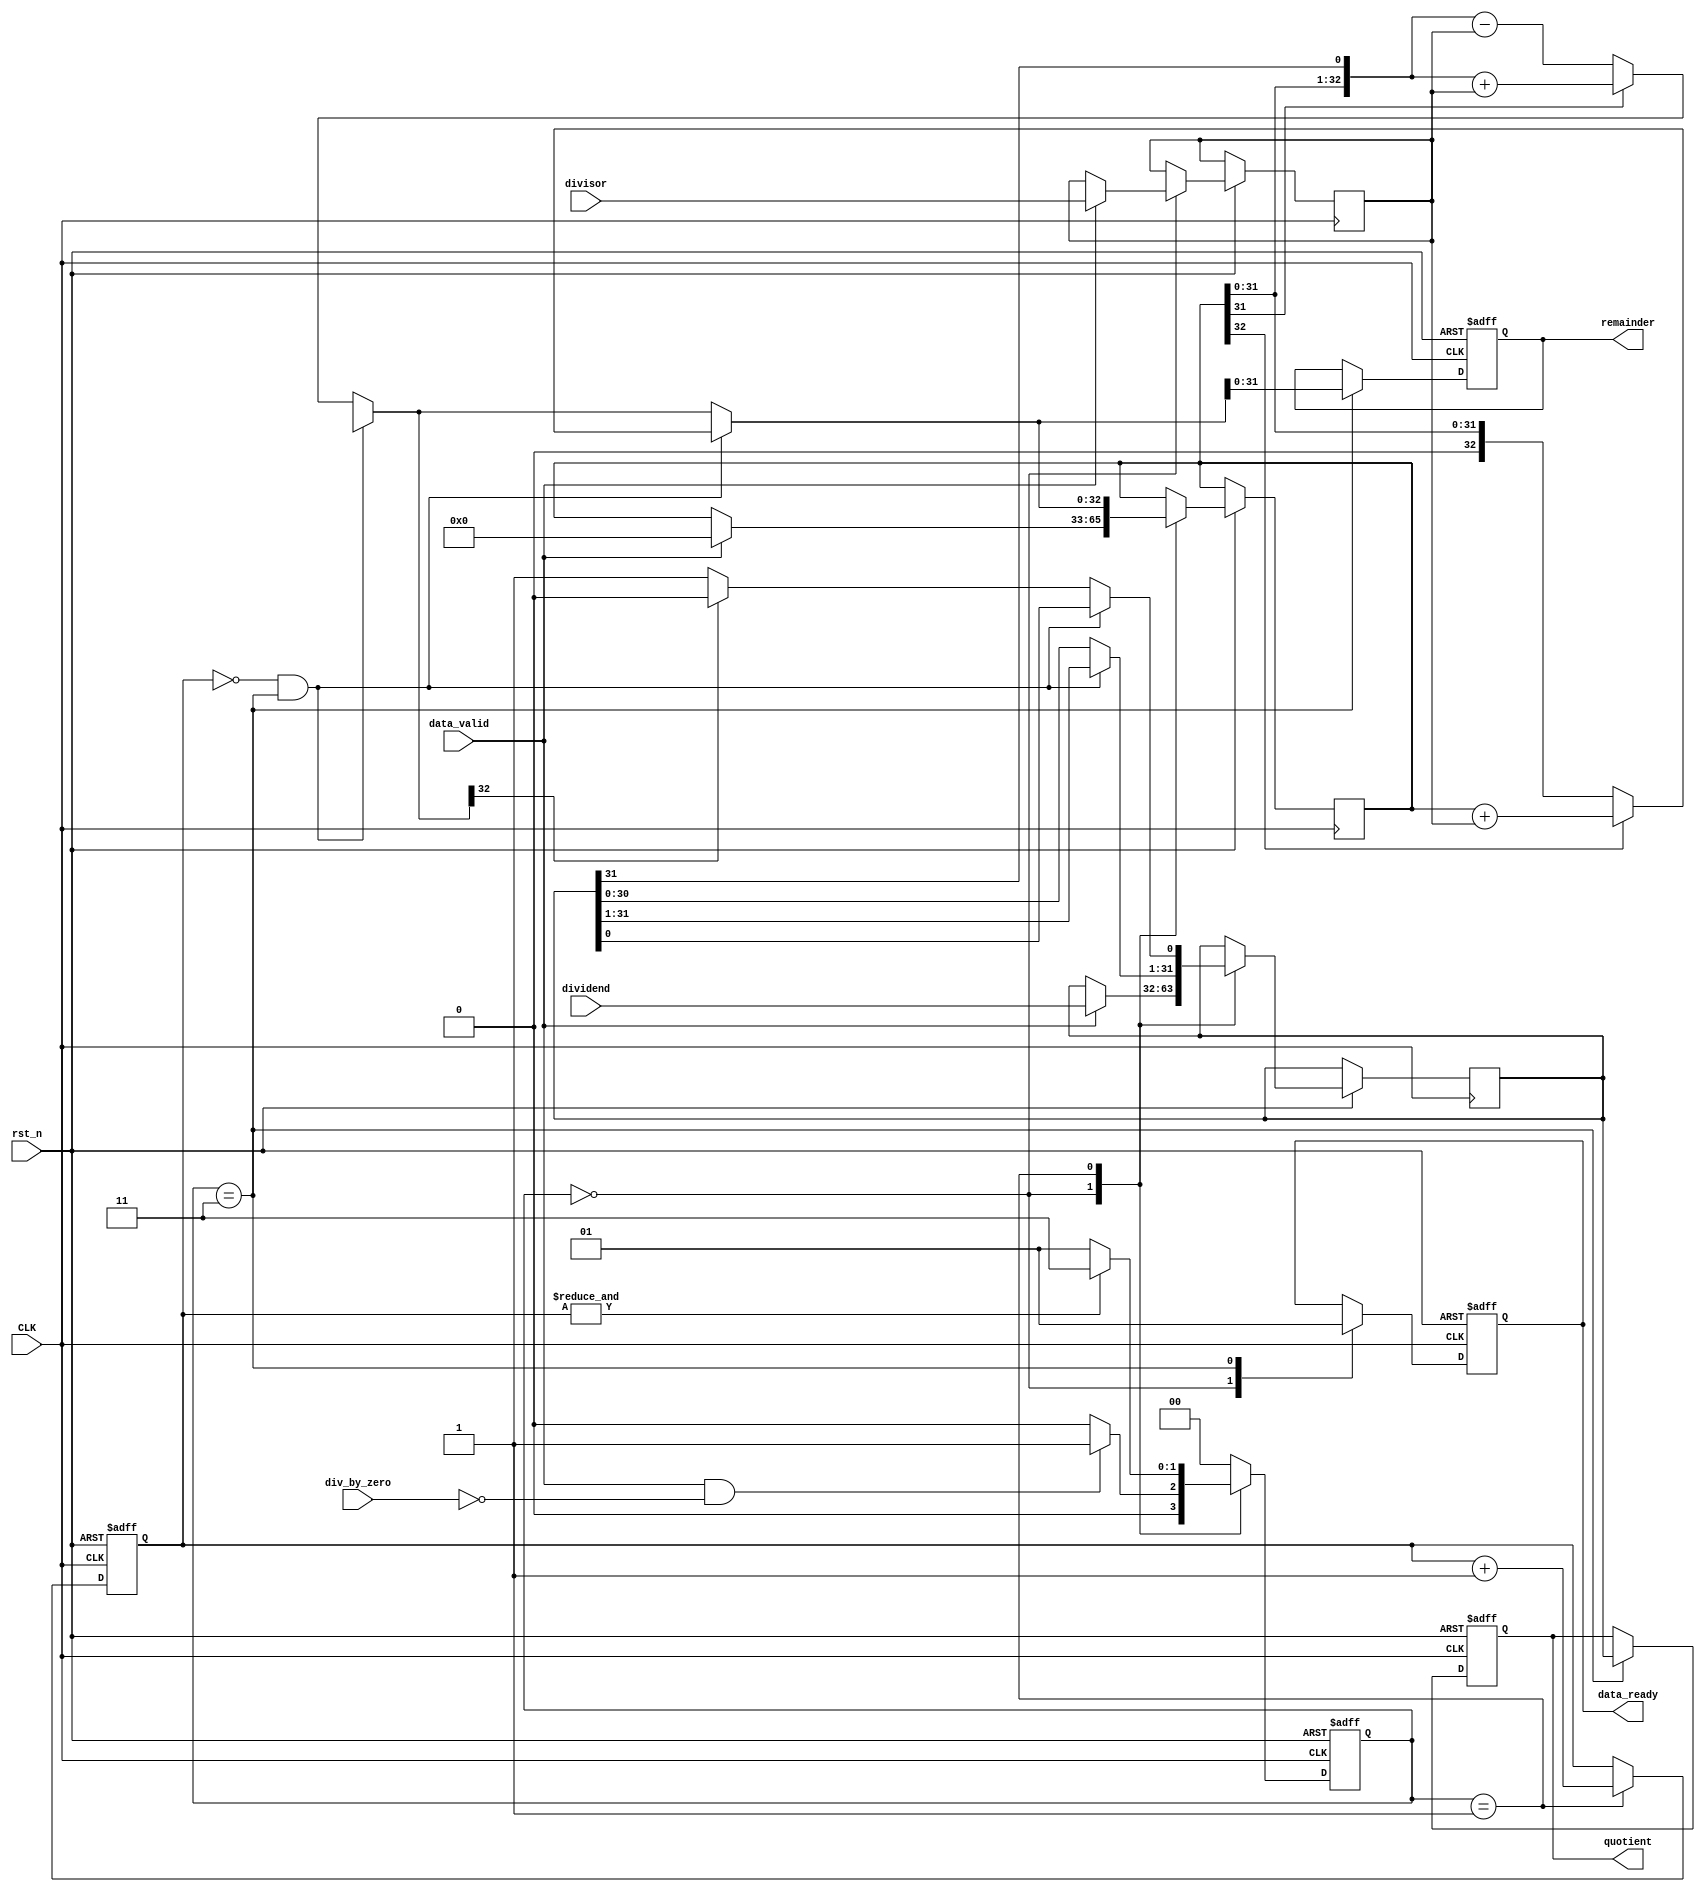
module Division_Unit #(
	parameter XLEN    = 32,
	parameter COUNT_WIDTH = 5
)
(
	//inputs
	input  wire              CLK,
	input  wire              rst_n,
    input  wire [XLEN - 1:0] dividend,
    input  wire [XLEN - 1:0] divisor,
    input  wire              data_valid,
    input  wire              div_by_zero,

	//outputs    
	output reg  [XLEN - 1:0] quotient,
	output reg  [XLEN - 1:0] remainder,
	output reg               data_ready
);

localparam IDLE    = 2'b00;
localparam DIVIDE  = 2'b01;
localparam CORRECT = 2'b11;

reg [1:0] NS;
reg [1:0] CS;

reg [COUNT_WIDTH-1:0] counter;

reg [XLEN-1:0] 	dividend_Q;
reg [XLEN-1:0] 	dividend_temp;

reg [XLEN:0] 	accumulator_reg;
reg [XLEN:0] 	accumulator;

reg [XLEN-1:0] 	divisor_reg;

reg             Q_LSB;
reg             flag_zero ;

// Next State Logic
always @(posedge CLK,negedge rst_n) begin
	
	if (!rst_n) begin
		CS <= IDLE;
	end
	else begin
		CS <= NS;
	end

end

// FSM LOGIC
always @(*) begin
	
	case (CS)
		IDLE: begin
			if (data_valid & !div_by_zero) begin
				NS = DIVIDE;
			end
			else begin
				NS = IDLE;
			end
		end
		DIVIDE: begin
			if (&counter) begin
				NS = CORRECT;
			end
			else begin
				NS = DIVIDE;
			end
		end
		CORRECT: begin
			NS = IDLE;
		end
		default: NS = IDLE;
	endcase
end

// FSM OUTPUT
always @(posedge CLK,negedge rst_n) begin
	if (!rst_n) begin
	   counter    <= 'b0;
	   data_ready <= 1'b0;
	   flag_zero  <= 1'b0;
	   quotient   <= 32'b0;
       remainder  <= 32'b0;
    end
    else begin
        case(CS)
            IDLE: begin
                data_ready <= 1'b0;
                if (data_valid) begin
                    {accumulator_reg,dividend_Q} <= {24'b0,dividend};
                    divisor_reg 		         <= divisor;	
                end
		    end
            DIVIDE: begin
                {accumulator_reg,dividend_Q} <= {accumulator,dividend_temp[XLEN-1:1],Q_LSB};
                 counter <= counter + 1;
            end
            CORRECT: begin
                quotient   <= dividend_Q;
                remainder  <= accumulator;
                data_ready <= 1'b1;
            end
	   endcase
	end
	  
end

// Accumulator ALU
always @(*) begin
    dividend_temp = 32'b0;
	if (!counter && CS == CORRECT) begin
		{accumulator,dividend_temp[XLEN-1:1],Q_LSB} = {accumulator_reg,dividend_Q[XLEN-1:1],dividend_Q[0]};
		if (accumulator_reg[XLEN]) begin
			accumulator = accumulator + divisor_reg;
		end
		else begin
			accumulator = accumulator_reg;
		end

	end
	else begin
		
		{accumulator,dividend_temp} = {accumulator_reg,dividend_Q};

		{accumulator,dividend_temp} = {accumulator[XLEN-1:0],dividend_temp[XLEN-1],dividend_temp[XLEN-2:0],1'b0};

		if (accumulator[XLEN]) begin
			accumulator = accumulator + divisor_reg;
		end
		else begin
			accumulator = accumulator - divisor_reg;
		end

		if (accumulator[XLEN]) begin
			Q_LSB = 1'b0;
		end
		else begin
			Q_LSB = 1'b1;
		end

	end

end

endmodule